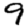
Digit: 9